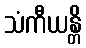
သံကီယန္တိ